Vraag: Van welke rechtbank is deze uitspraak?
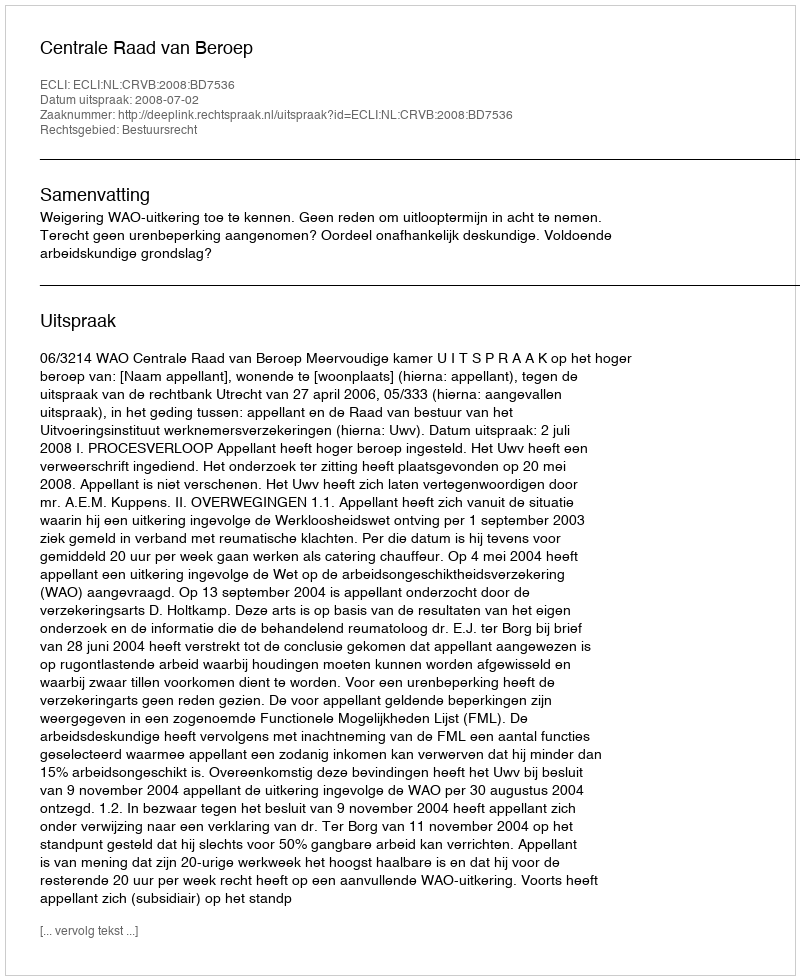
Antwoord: Centrale Raad van Beroep